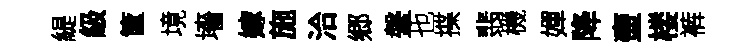
緹級筐境墻嫁施洽郷鞶也揲翡機嬋降壷楼裤